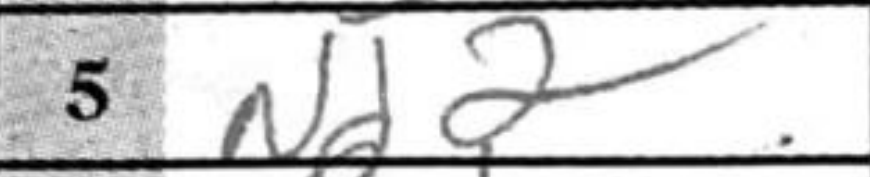
Transcription: Nd2